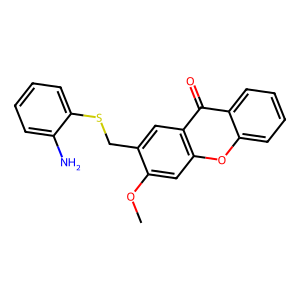
SMILES: COc1cc2oc3ccccc3c(=O)c2cc1CSc1ccccc1N
Inhibits HIV replication: No